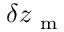
\delta z _ { \mathrm { ~ m ~ } }